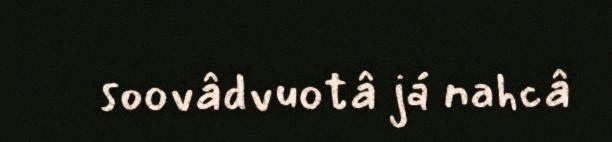
soovâdvuotâ já nahcâ